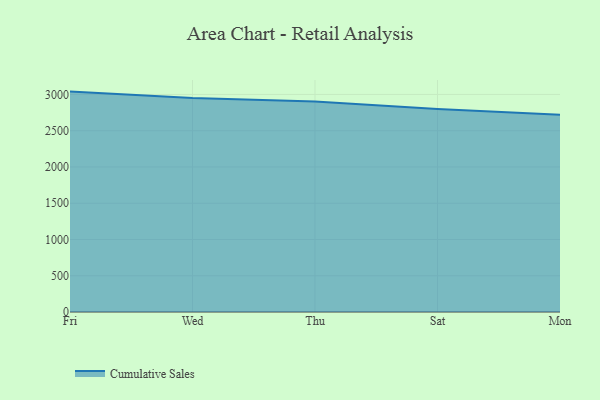
{"axis": {"x": "Day", "y": "Inventory Turnover"}, "legend": ["Cumulative Sales"], "data": [{"x": "Fri", "y": 3039.1, "type": "Cumulative Sales"}, {"x": "Wed", "y": 2951.2, "type": "Cumulative Sales"}, {"x": "Thu", "y": 2902.7, "type": "Cumulative Sales"}, {"x": "Sat", "y": 2800.6, "type": "Cumulative Sales"}, {"x": "Mon", "y": 2719.6, "type": "Cumulative Sales"}]}